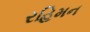
રહિમન